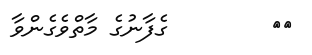
٢٤        ގެފާނުގެ މާތްވެގެންވާ